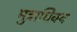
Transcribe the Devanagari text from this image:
मुत्राधिक्य